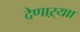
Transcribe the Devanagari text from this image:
देणाऱ्याा